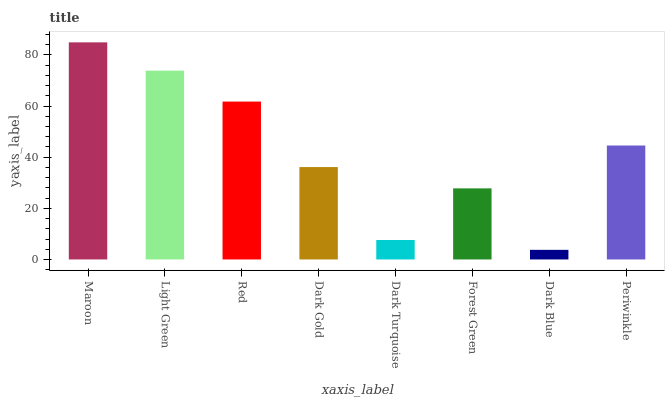
| xaxis_label | bars |
 | --- | --- |
 | Maroon | 84.9 |
 | Light Green | 73.9 |
 | Red | 61.8 |
 | Dark Gold | 36.1 |
 | Dark Turquoise | 7.61 |
 | Forest Green | 27.8 |
 | Dark Blue | 3.76 |
 | Periwinkle | 44.6 |